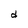
Character: d